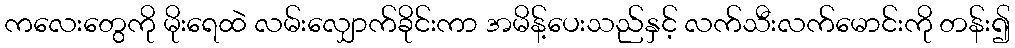
ကလေးတွေကို မိုးရေထဲ လမ်းလျှောက်ခိုင်းကာ အမိန့်ပေးသည်နှင့် လက်သီးလက်မောင်းကို တန်း၍